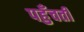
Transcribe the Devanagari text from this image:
पहुँचतीं